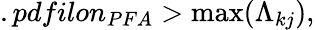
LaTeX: .pdfilon_{PFA}>\operatorname*{max}(\Lambda_{kj}),